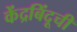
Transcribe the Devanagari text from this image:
केंद्रबिंदूची